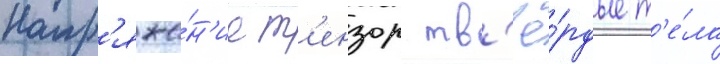
Напр'яже́н'ие т'ензор тв'ё́рдые т'е́ла